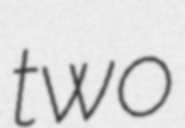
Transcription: two